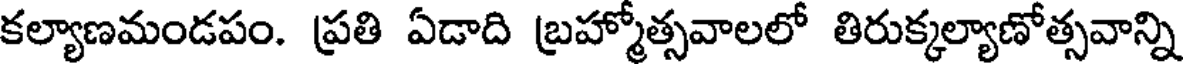
కల్యాణమండపం. ప్రతి ఏడాది బ్రహ్మోత్సవాలలో తిరుక్కల్యాణోత్సవాన్ని